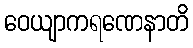
ဝေယျာကရဏေနာတိ